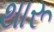
થારૂ